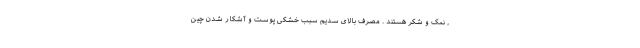
, نمک و شکر هستند . مصرف بالای سدیم سبب خشکی پوست و آشکار شدن چین